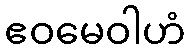
ဧဝမေဝါဟံ